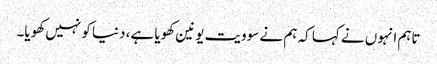
تاہم انہوں نے کہا کہ ہم نے سوویت یونین کھویا ہے، دنیا کو نہیں کھویا۔